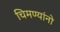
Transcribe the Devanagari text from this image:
चिमण्यांनो